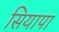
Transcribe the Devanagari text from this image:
सियापा